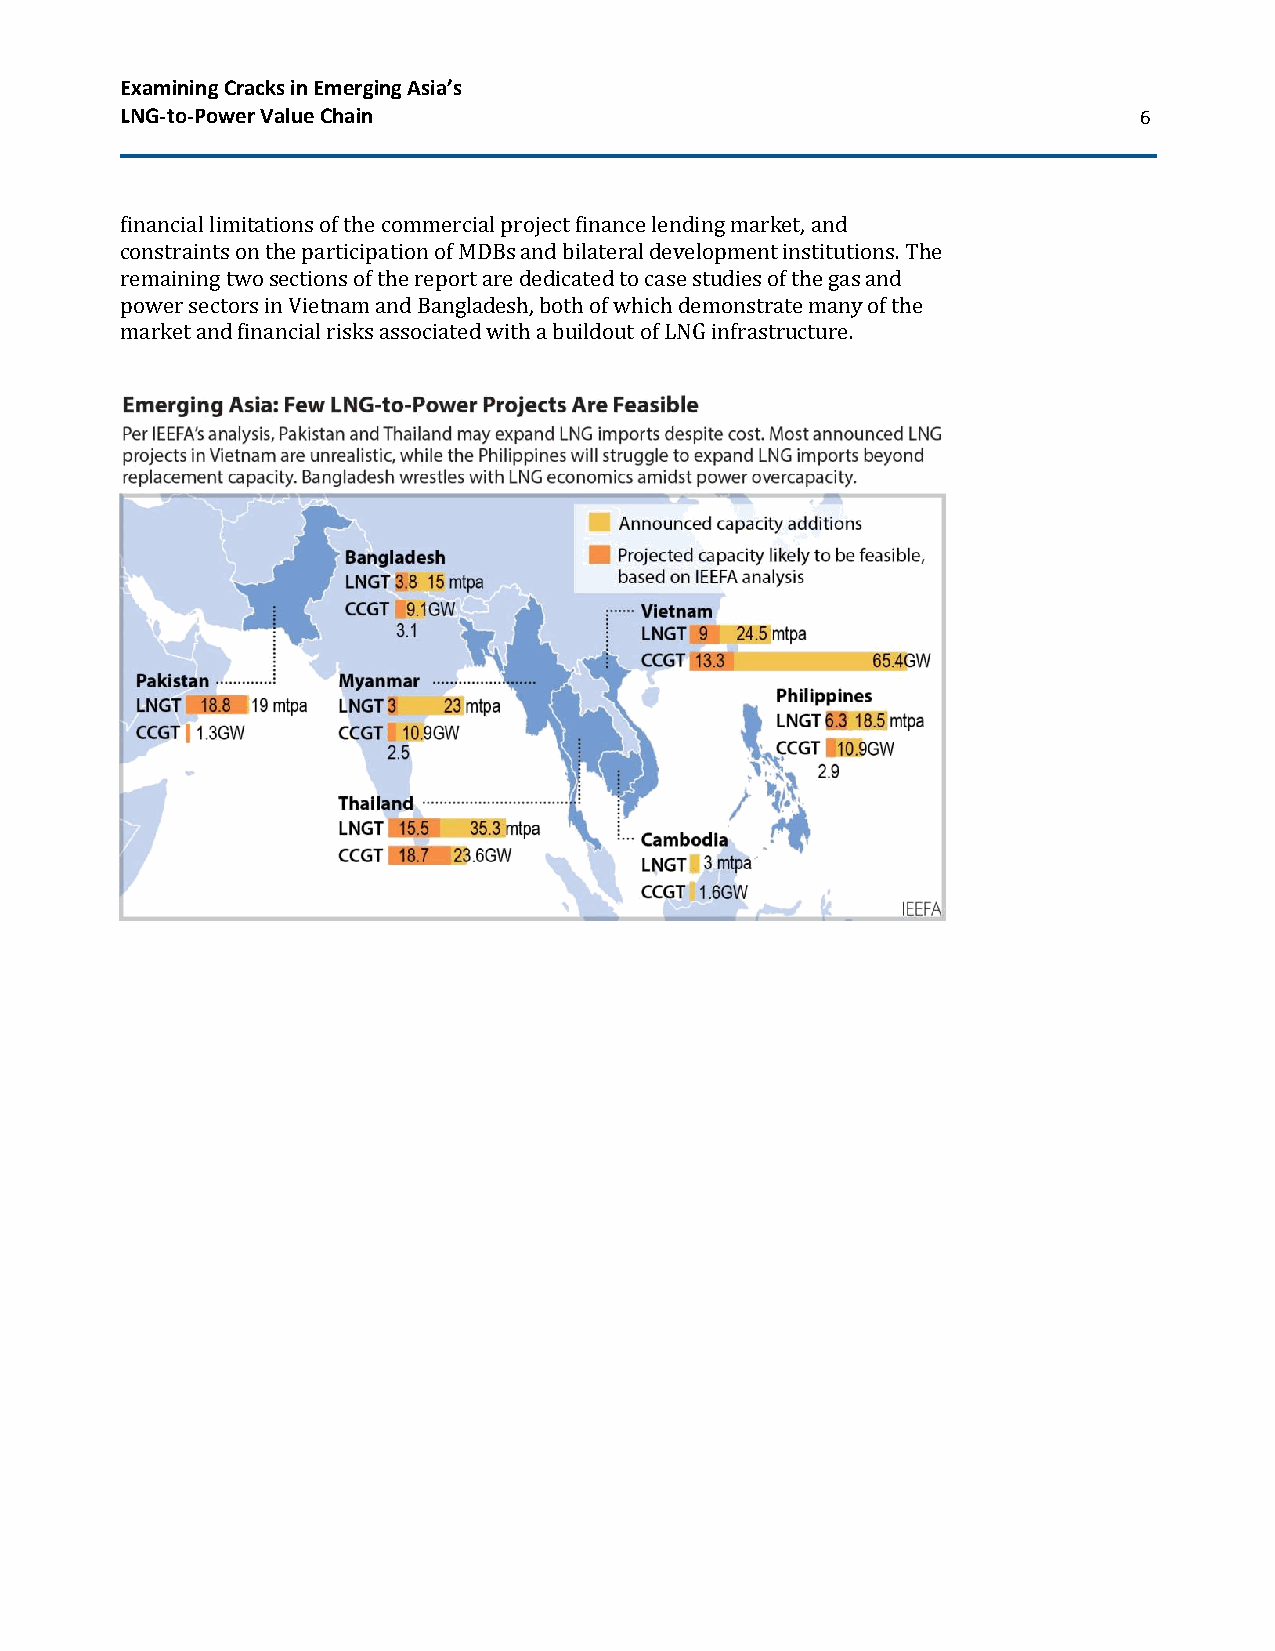
Examining Cracks in Emerging Asia’s
 LNG-to-Power Value Chain                                           6
 financial limitations of the commercial project finance lending market, and
 constraints on the participation of MDBs and bilateral development institutions. The
 remaining two sections of the report are dedicated to case studies of the gas and
 power sectors in Vietnam and Bangladesh, both of which demonstrate many of the
 market and financial risks associated with a buildout of LNG infrastructure.